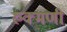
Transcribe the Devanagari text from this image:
रुक्‍मणी